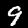
Label: 9